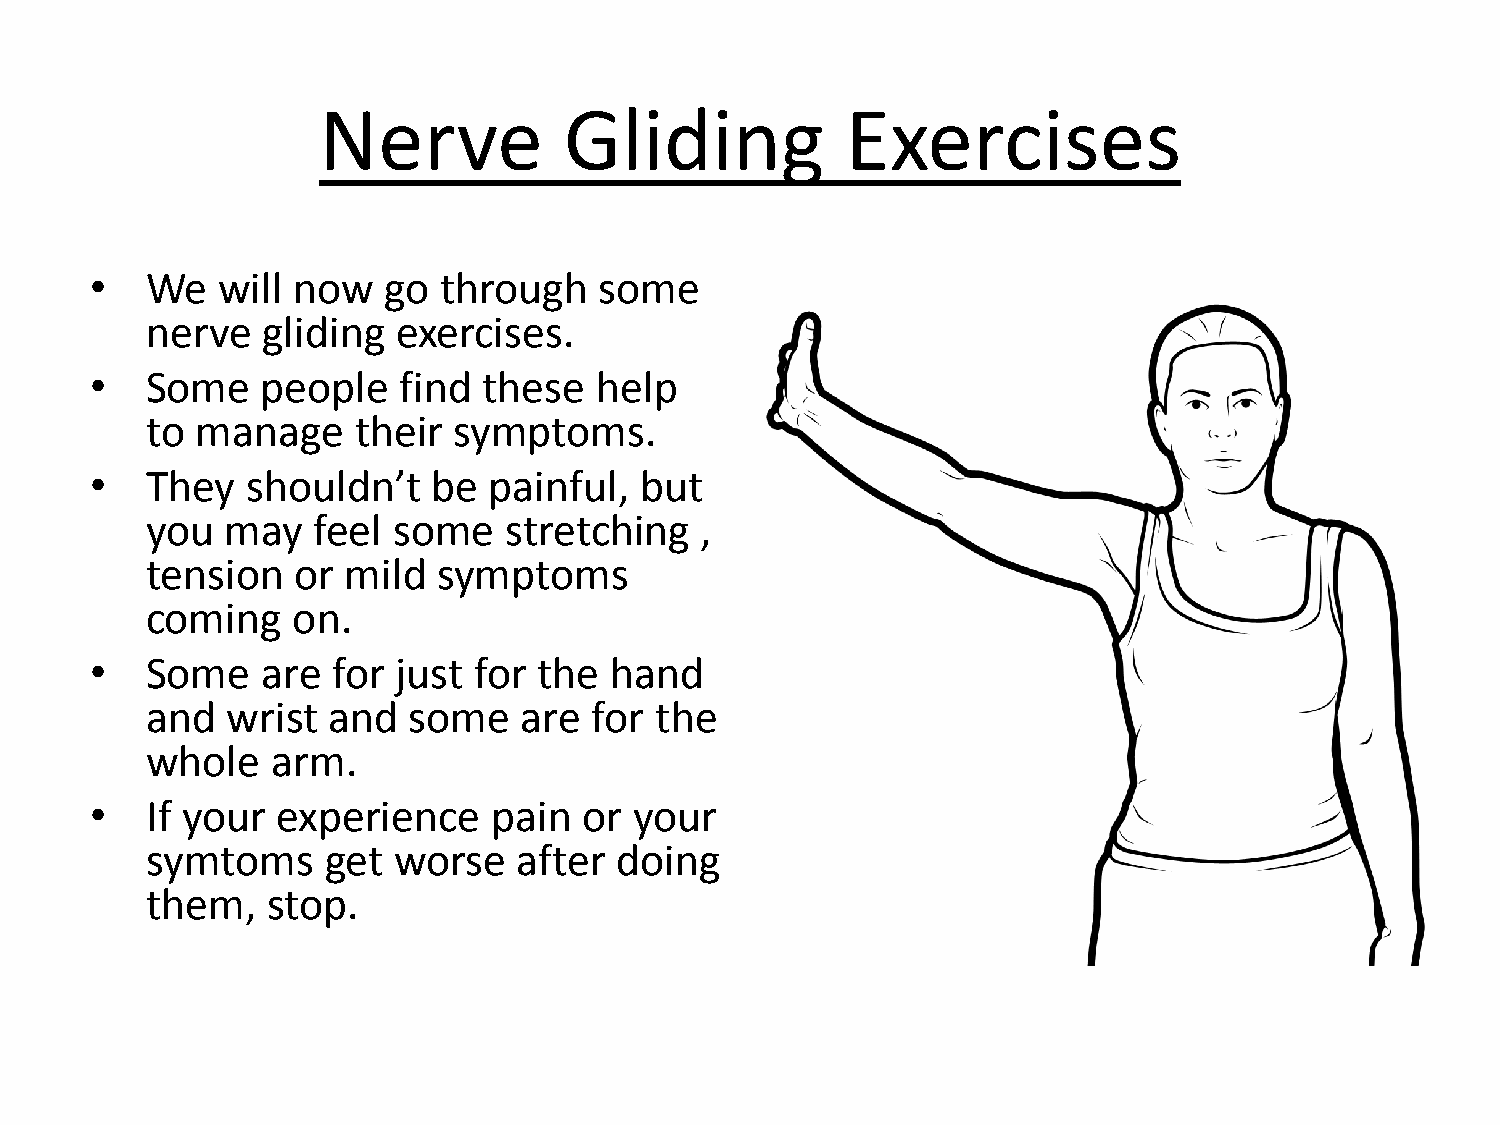
Nerve           Gliding            Exercises
 •   We  will now   go  through    some
 nerve  gliding  exercises.
 •   Some   people    find these  help
 to manage    their  symptoms.
 •   They  shouldn’t    be painful,  but
 you  may   feel some   stretching   ,
 tension   or mild  symptoms
 coming   on.
 •   Some   are  for just for  the hand
 and  wrist  and  some    are for the
 whole   arm.
 •   If your experience     pain  or your
 symtoms     get worse   after  doing
 them,   stop.